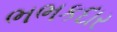
ભભકદાર